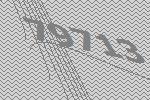
79713